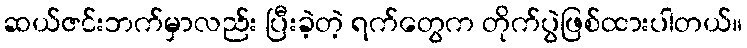
ဆယ်ဇင်းဘက်မှာလည်း ပြီးခဲ့တဲ့ ရက်တွေက တိုက်ပွဲဖြစ်ထားပါတယ်။